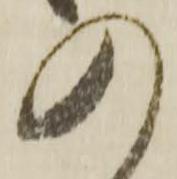
の